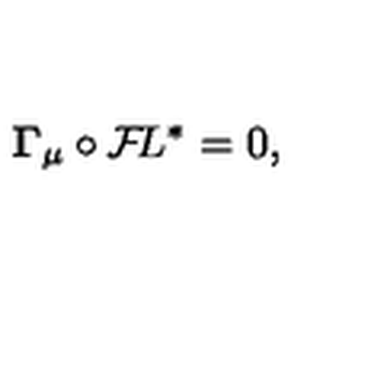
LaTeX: { \bf \Gamma } _ { \mu } \circ { \cal F } \! L ^ { * } = 0 ,